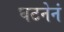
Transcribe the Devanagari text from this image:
घटनेनं